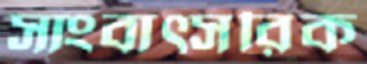
সাংবাত্সরিক